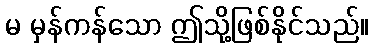
မ မှန်ကန်သော ဤသို့ဖြစ်နိုင်သည်။